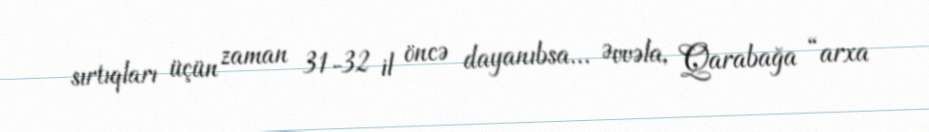
sırtıqları üçün zaman 31-32 il öncə dayanıbsa... Əvvəla, Qarabağa “arxa